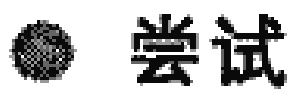
$\bigotimes$ 尝试